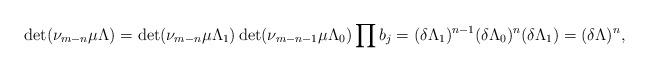
LaTeX: \begin{gather*} \det( \nu_{m-n} \mu \Lambda ) = \det( \nu_{m-n} \mu \Lambda_1 ) \det( \nu_{m-n-1} \mu \Lambda_0 ) \prod b_j = (\delta \Lambda_1)^{n-1} (\delta \Lambda_0)^n (\delta \Lambda_1) = (\delta \Lambda)^n, \end{gather*}